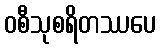
ဝစီသုစရိတဿပေ